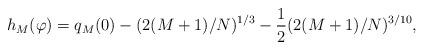
LaTeX: \begin{align*} h_M(\varphi) = q_M(0) - (2(M + 1)/N)^{1/3} - \frac{1}{2} (2(M + 1)/N)^{3/10},\end{align*}